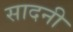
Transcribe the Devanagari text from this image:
सादनी